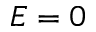
E = 0